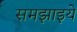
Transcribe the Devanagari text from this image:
समझाइये